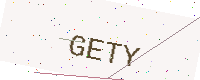
Text: GETY